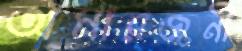
অমারজনী